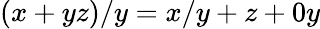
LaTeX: (x+yz)/y=x/y+z+0y